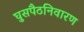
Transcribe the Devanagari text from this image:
घुसपैठनिवारण